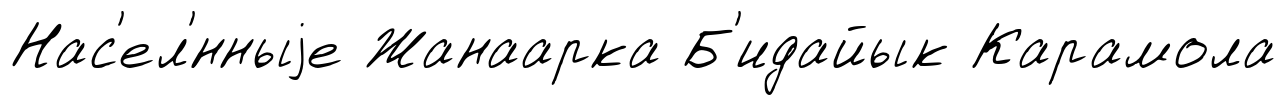
Нас'ел'́нныjе Жанаарка Б'идайык Карамола